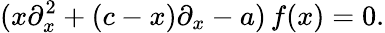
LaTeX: (x\partial_{x}^{2}+(c-x)\partial_{x}-a)\, f(x)=0.